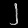
Digit: ၂